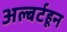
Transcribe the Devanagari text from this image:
अल्बर्टहून